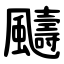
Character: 䬞